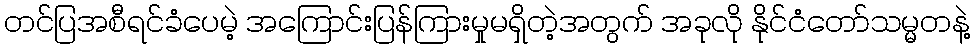
တင်ပြအစီရင်ခံပေမဲ့ အကြောင်းပြန်ကြားမှုမရှိတဲ့အတွက် အခုလို နိုင်ငံတော်သမ္မတနဲ့